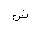
Letter: _shin